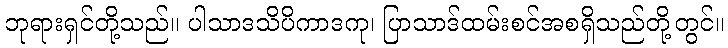
ဘုရားရှင်တို့သည်။ ပါသာဒသိပိကာဒကု၊ ပြာသာဒ်ထမ်းစင်အစရှိသည်တို့တွင်။